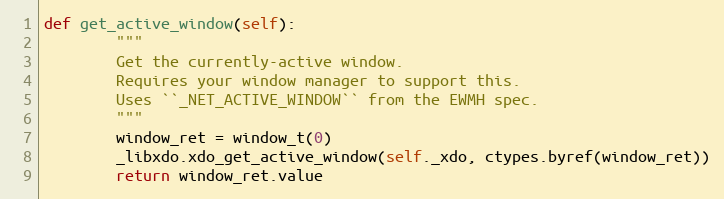
Language: Python
def get_active_window(self):
        """
        Get the currently-active window.
        Requires your window manager to support this.
        Uses ``_NET_ACTIVE_WINDOW`` from the EWMH spec.
        """
        window_ret = window_t(0)
        _libxdo.xdo_get_active_window(self._xdo, ctypes.byref(window_ret))
        return window_ret.value